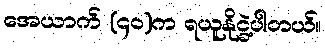
အေယာက် (၄၀)က ရယူနိုင္ခဲ့ပါတယ်။